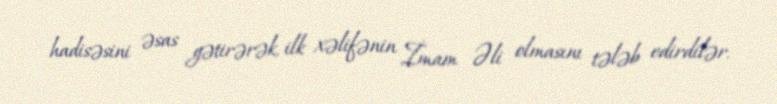
hadisəsini əsas gətirərək, ilk xəlifənin İmam Əli olmasını tələb edirdilər.